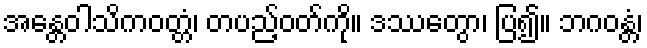
အန္တေဝါသိကဝတ္တံ၊ တပည့်ဝတ်ကို။ ဒဿေတွာ၊ ပြ၍။ ဘဂဝန္တံ၊